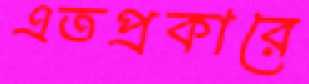
এতপ্রকারে